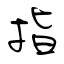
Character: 指